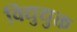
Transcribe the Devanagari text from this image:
विद्युद्युक्त